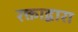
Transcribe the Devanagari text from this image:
रक्ताद्वारा